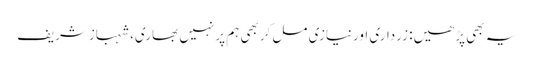
یہ بھی پڑھیں: زرداری اورنیازی مل کربھی ہم پرنہیں بھاری، شہبازشریف